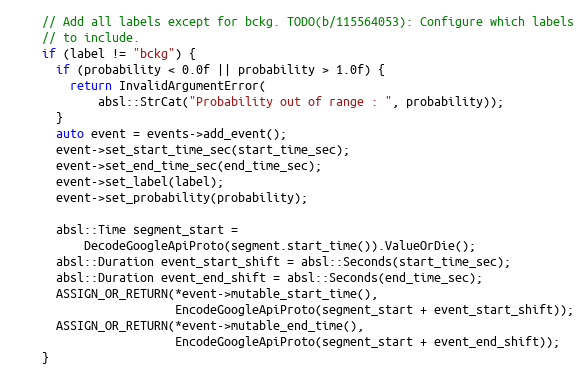
Language: C++
    // Add all labels except for bckg. TODO(b/115564053): Configure which labels
    // to include.
    if (label != "bckg") {
      if (probability < 0.0f || probability > 1.0f) {
        return InvalidArgumentError(
            absl::StrCat("Probability out of range : ", probability));
      }
      auto event = events->add_event();
      event->set_start_time_sec(start_time_sec);
      event->set_end_time_sec(end_time_sec);
      event->set_label(label);
      event->set_probability(probability);

      absl::Time segment_start =
          DecodeGoogleApiProto(segment.start_time()).ValueOrDie();
      absl::Duration event_start_shift = absl::Seconds(start_time_sec);
      absl::Duration event_end_shift = absl::Seconds(end_time_sec);
      ASSIGN_OR_RETURN(*event->mutable_start_time(),
                       EncodeGoogleApiProto(segment_start + event_start_shift));
      ASSIGN_OR_RETURN(*event->mutable_end_time(),
                       EncodeGoogleApiProto(segment_start + event_end_shift));
    }